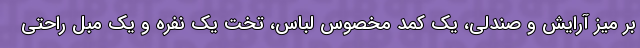
بر میز آرایش و صندلی، یک کمد مخصوس لباس، تخت یک نفره و یک مبل راحتی